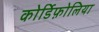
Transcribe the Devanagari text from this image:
कोर्डिफ़ोलिया